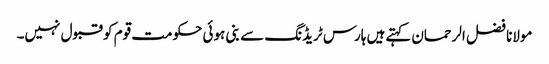
مولانا فضل الرحمان کہتےہیں ہارس ٹریڈنگ سے بنی ہوئی حکومت قوم کو قبول نہیں۔